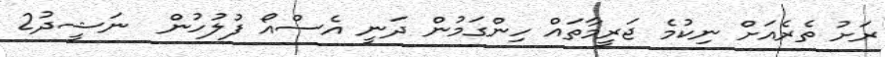
ރަށު ތެރެއަށް ނިކުމެ ޖަރީމާތައް ހިންގަމުން ދަނީ އެސްއޯ ފުލުހުން  ނަޝީދު2